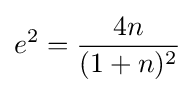
e^{2}={\frac {4n}{(1+n)^{2}}}